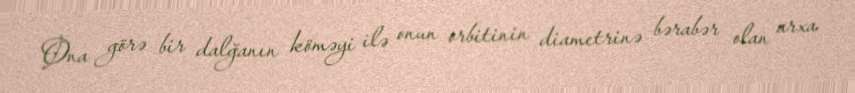
Ona görə bir dalğanın köməyi ilə onun orbitinin diametrinə bərabər olan arxa